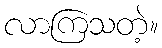
လာကြသတဲ့။